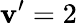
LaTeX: \mathbf{v}’=2